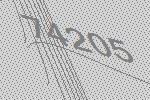
74205